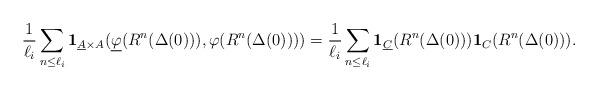
LaTeX: \begin{align*}\frac{1}{\ell_i}\sum_{n\leq \ell_i}\mathbf{1}_{\underline{A}\times A}(\underline{\varphi}(R^n (\Delta(0))),\varphi(R^n (\Delta(0))))=\frac{1}{\ell_i}\sum_{n\leq \ell_i}\mathbf{1}_{\underline{C}}(R^n(\Delta(0)))\mathbf{1}_{C}(R^n(\Delta(0))).\end{align*}